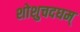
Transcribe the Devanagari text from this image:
शोशुचदघम्